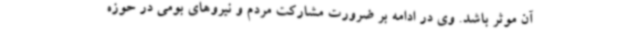
آن موثر باشد. وی در ادامه بر ضرورت مشارکت مردم و نیروهای بومی در حوزه